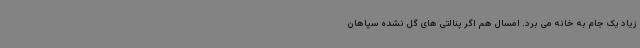
زیاد یک جام به خانه می برد. امسال هم اگر پنالتی های گل نشده سپاهان